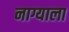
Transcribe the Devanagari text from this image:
नाग्याला